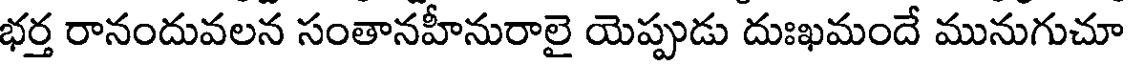
భర్త రానందువలన సంతానహీనురాలై యెప్పుడు దుఃఖమందే మునుగుచూ